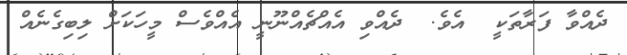
ދެއްވާ ފަރާތަކީ  އެވެ.  ދެއްވި އެއްޗެއްނޫނީ އެއްވެސް މީހަކަށް ލިބިގެނެއް